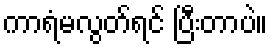
ကာရံမလွတ်ရင် ပြီးတာပဲ။